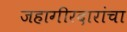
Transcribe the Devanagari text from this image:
जहागीरदारांचा